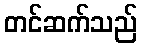
တင်ဆက်သည်